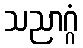
သညာဂ္ဂံ